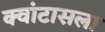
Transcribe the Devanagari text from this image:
क्वांटासला